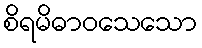
စိရမိဓာဝသေသော